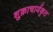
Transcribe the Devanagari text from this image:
शुक्राचार्यकृत